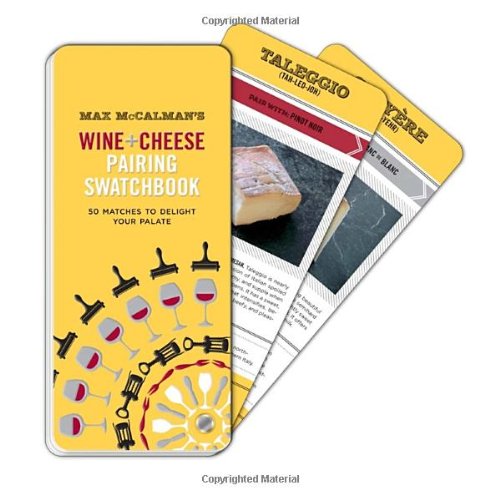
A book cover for Max McCalman's Wine and Cheese Pairing Swatchbook: 50 Pairings to Delight Your Palate; Max McCalman; Cookbooks, Food & Wine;